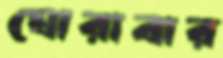
ঘোরাবার